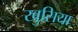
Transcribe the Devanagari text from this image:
खुसिया